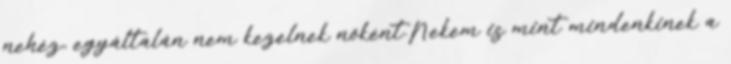
nehéz, egyáltalán nem kezelnek nőként.Nekem is mint mindenkinek a